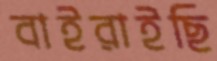
বাইরাইছি